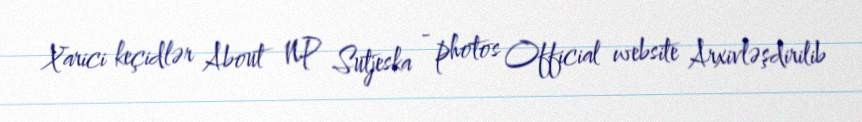
Xarici keçidlər About NP Sutjeska - photos Official website Arxivləşdirilib